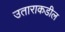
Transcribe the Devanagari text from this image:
उताराकडील